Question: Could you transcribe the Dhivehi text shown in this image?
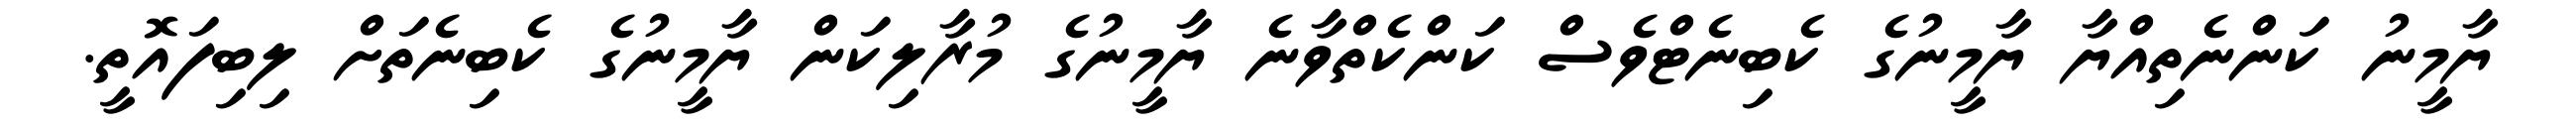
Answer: ޔާމީނު ކަންނެތިއްޔާ ޔާމީނުގެ ކެބިނެޓްވެސް ކަންކެތްވާނެ ޔާމީނުގެ މުރާލިކަން ޔާމީނުގެ ކެބިނެތަށް ލިބިފައޮތީ.